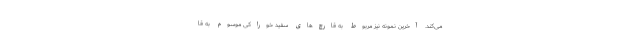
می‌کند. آخرین نمونه نیز مربوط به قارچ‌های سفید خوراکی موسوم به قا